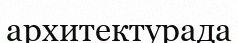
архитектурада